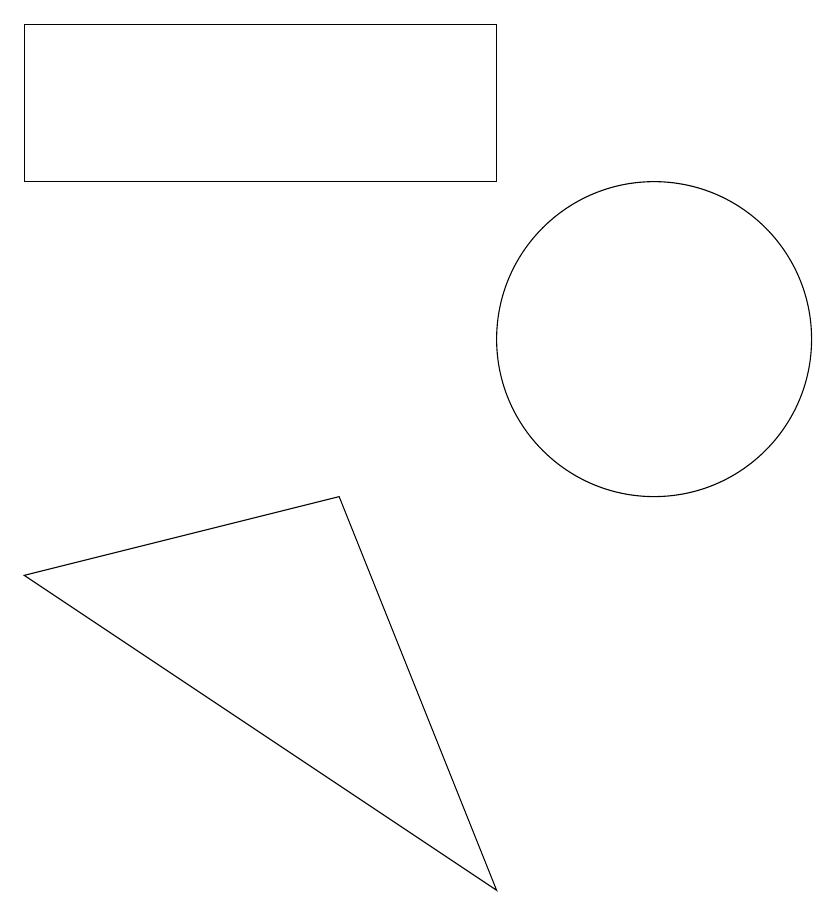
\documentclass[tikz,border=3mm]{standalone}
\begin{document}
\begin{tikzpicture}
\draw (10,10) circle (2);
\draw (8,14) rectangle (2,12);
\draw (6,8) -- (8,3) -- (2,7) -- cycle;
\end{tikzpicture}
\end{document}